Notes on vaccination in the North-West Frontier Province 1923-1928 - 1923-1928
Year: 1923
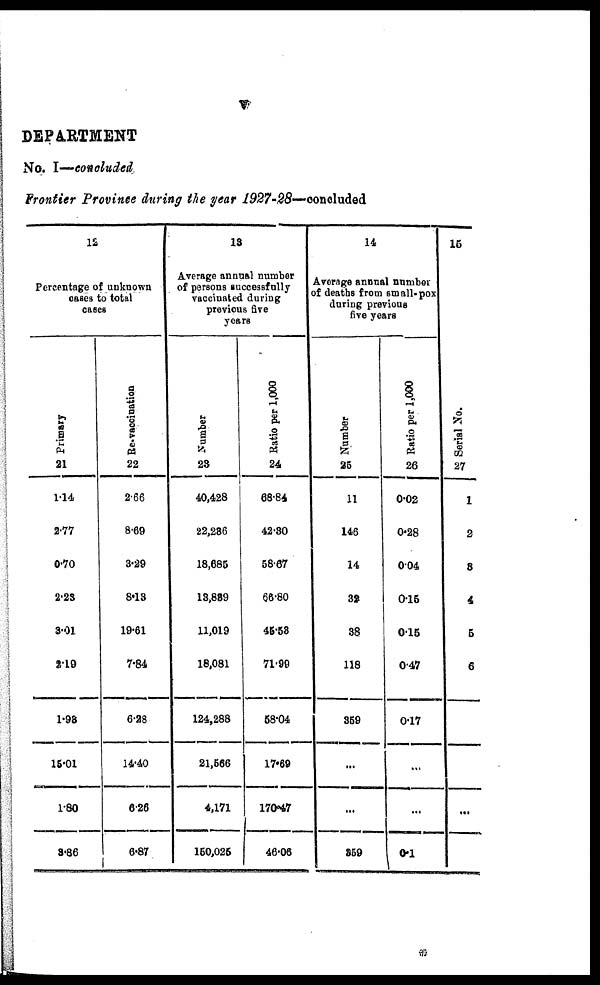
v
DEPARTMENT
No. I—concluded
Frontier Province during the year 1927-28—concluded
12
Percentage of unknown
cases to total
cases
Primary
21
1.14
2.77
0.70
2.23
3.01
2.19
1.93
15.01
1.80
3.86
Re-vaccination
22
2.66
8.69
3.29
8.13
19.61
7.84
6.28
14.40
6.26
6.87
13
Average annual number
of persons successfully
vaccinated during
previous five
years
Number
23
40,428
22,236
18,685
13,839
11,019
18,081
124,288
21,566
4,171
150,025
Ratio per 1,000
24
68.84
42.30
58.67
66.80
46.53
71.99
58.04
17.69
170.47
46.06
14
Average annual number
of deaths from small-pox
during previous
five years
Number
25
11
146
14
32
38
118
359
...
...
359
Ratio per 1,000
26
0.02
0.28
0.04
0.15
0.15
0.47
0.17
...
...
0.1
15
Serial No.
27
1
2
3
4
5
6
...